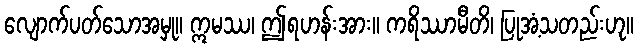
လျောက်ပတ်သောအမှု။ ဣမဿ၊ ဤရဟန်းအား။ ကရိဿာမီတိ၊ ပြုအံ့သတည်းဟု။